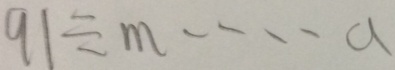
9 1 \div m \cdots a